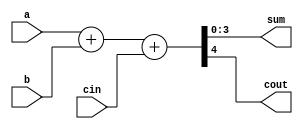
`timescale 1ns / 1ps

module Adder_4b(
    output [3:0] sum,
    output cout,
    input [3:0] a,
    input [3:0] b,
    input cin
    );
    
    assign {cout,sum} = a + b + cin;
    
endmodule